Report of the Municipal Commissioner on the plague in Bombay for the year ending 31st May... - Volume 2
Disease focus: Plague
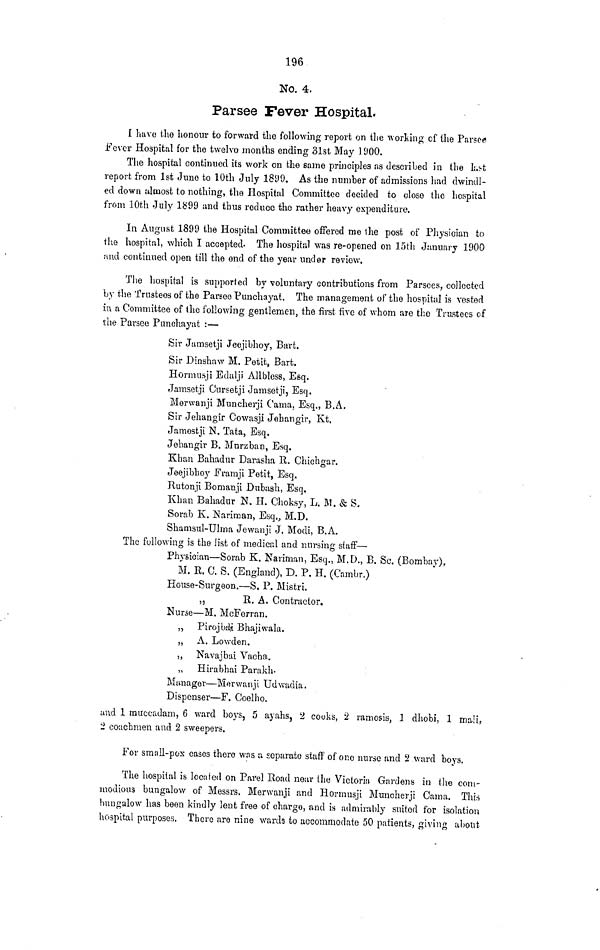
196
No. 4.
Parsee Fever Hospital.
I have the honour to forward the following report on the working of the Parser
.Fever Hospital for the twelve months ending 31st May 1900.
The hospital continued its work on the same principles as described in the lust
report from 1st elune to 10th July 1899. As the number of admissions had dwindl-
ed down almost to nothing, the Hospital Committee decided to close the hospital
from 10th .July 1S99 and thus reduce the rather heavy expenditure.
In August 1899 the Hospital Committee offered me the post of Physician to
the hospital, which I accepted- The hospital was re-opened on loth January 1900
:iud continued open till the end of the year under review.
The hospital is supported by voluntary contributions from Parsees, collected
by the Trustees of the Parsee Punchayat. The management of the hospital is vested
in a Committee of the following gentlemen, the first five of whom are the Trustees cf
the Parsee Punchayat :—
Sir Jamsetji Jeejibhoy, Bart.
Sir Dinshaw M. Petit, Bart.
Hormusji Edalji Allbless, Esq.
Jamsetji Cursetji Jamsetji, Esq.
Merwanji Muncherji Cama, Esq., B.A.
Sir Jehangir Cowasji Jehangir, Kt,
Jamestji N. Tata, Esq.
Jehangir B. Mnrzban, Esq.
Khan Bahadur Darasha B. Chichgar.
Jeejibhoj r Framji Petit, Esq.
Rutonji Bomanji Dubash, Esq.
Khan Bahadur N. H. Choksy, L, M. & S.
Sorab K. Kariman, Esq., M.D.
Shamsul-Ulrna Jewanji J. Modi, B.A.
The following is the list of medical and nursing staff—
Physician—Sorab K. Naiiman, Esq., M.D., B. So. (Bombay),
M. R. C. S. (England), D. P. H. (Cambr.)
House-Surgeon.—S, P. Mistri.
„
E, A. Contractor.
Nurse—M. McFerran.
„ Pirojba^ Bhajiwala.
,, A. Lowden.
,, Navajbai Vacha,.
„ Hirabhai Parakh-
Manager—Merwanji Udwadia.
Dispenser—F. Coelho.
and 1 rauccadam, 6 ward boys, 5 ayahs } 2 cooks, 2 ramosis, 1 dhobi, 1 ma!i,
2 coachmen and 2 sweepers.
For small-pox cases there was a separate staff of one nurse and 2 ward boys.
The hospital is located on Pavel Road near the Victoria Gardens in the com-
modious bungalow of Messrs. Merwanji and Hormusji Muncherji Cama. This
bungalow has been kindly lent free of charge, and is admirably suited for isolation
hospital purposes. There are nine wards to accommodate 50 patients, giving about